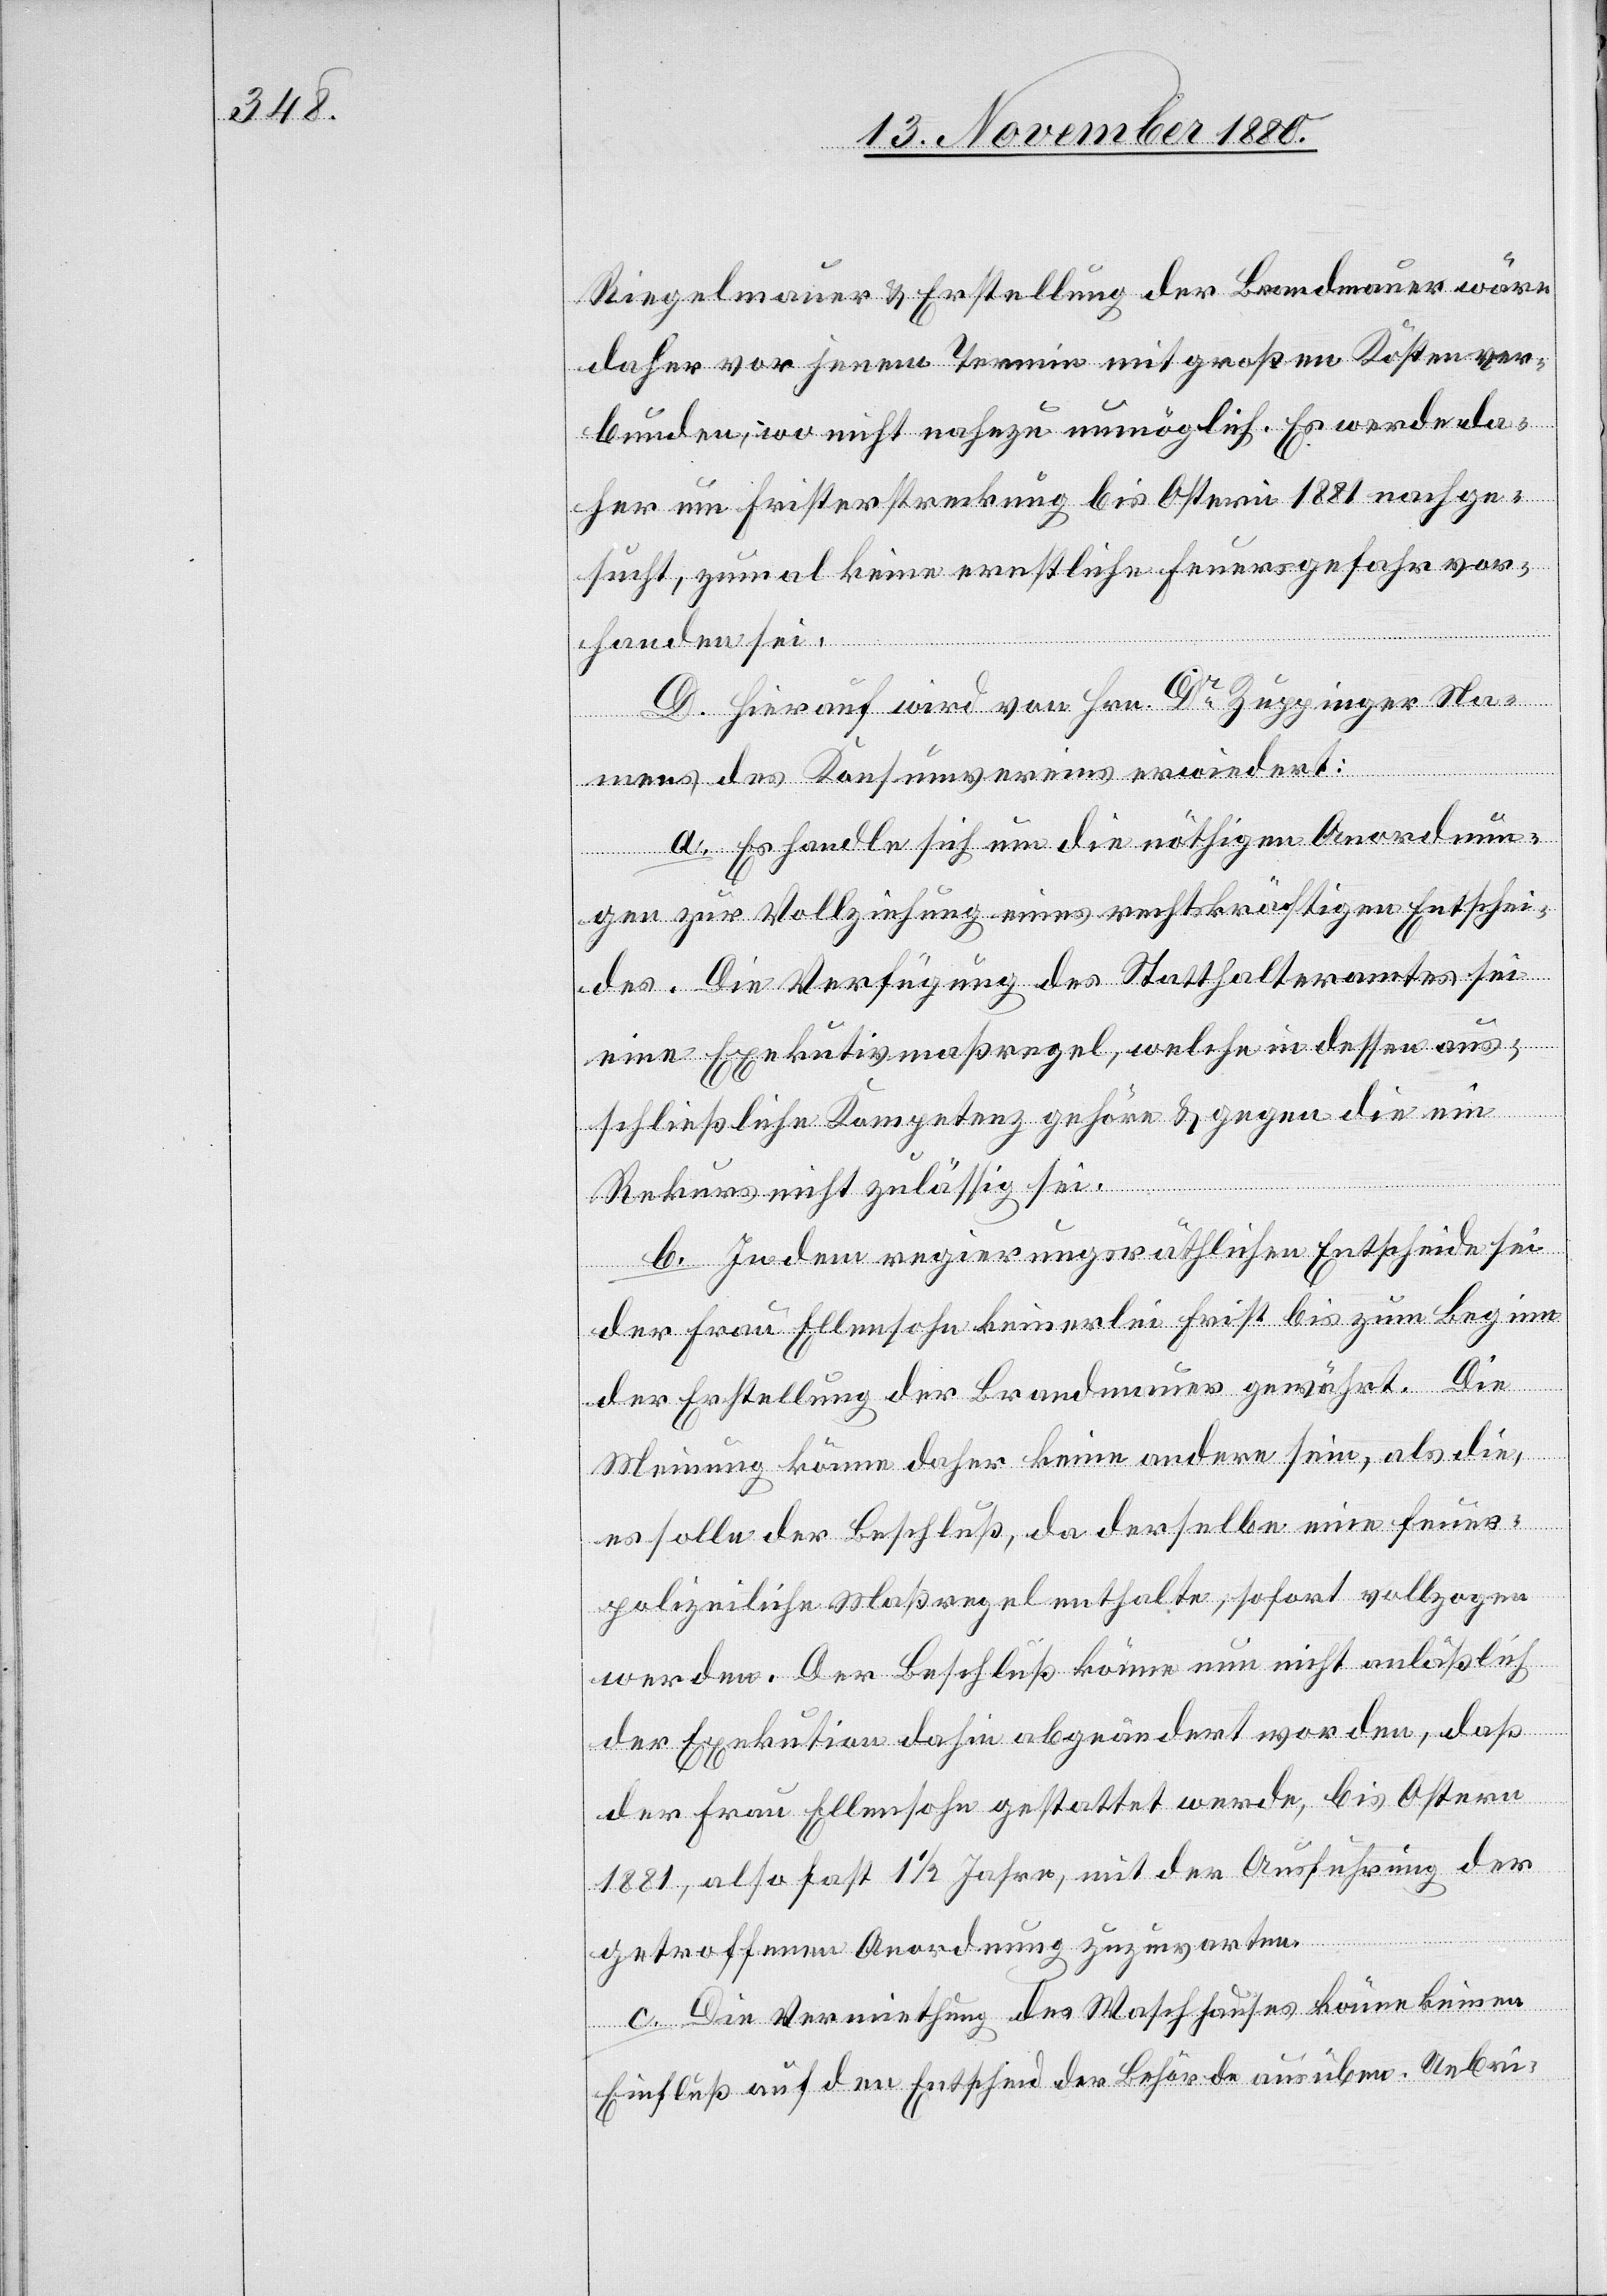
Riegelmauer & Erstellung der Brandmauer wäre
daher vor jenem Termin mit großen Kosten ver¬
bunden, wo nicht nahezu unmöglich. Es werde da¬
her um Fristerstreckung bis Ostern 1881 nachge¬
sucht, zumal keine ernstliche Feuersgefahr vor¬
handen sei.
D. Hierauf wird von Hrn. Dr Zuppinger Na¬
mens des Konsumvereins erwiedert:
a. Es handle sich um die nöthigen Anordnun¬
gen zur Vollziehung eines rechtskräftigen Entschei¬
des. Die Verfügung des Statthalteramtes sei
eine Exekutivmaßregel, welche in dessen aus¬
schließliche Kompetenz gehöre & gegen die ein
Rekurs nicht zulässig sei.
b. In dem regierungsräthlichen Entscheide sei
der Frau Ellensohn keinerlei Frist bis zum Beginn
der Erstellung der Brandmauer gewährt. Die
ic!],
Meinung könne daher keine andere sein, als die,
es solle der Beschluß, da derselbe eine feuer¬
polizeiliche Maßregel enthalte, sofort vollzogen
werden. Der Beschluß könne nun nicht anläßlich
der Exekution dahin abgeändert worden [s¬
der Frau Ellensohn gestattet werde, bis Ostern
1881, also fast 1 1/2 Jahre, mit der Ausführung der
getroffenen Anordnung zuzuwarten.
c. Die Vermiethung des Waschhauses könne keinen
Einfluß auf den Entscheid der Behörde ausüben. Uebri-